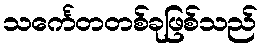
သင်္ကေတတစ်ခုဖြစ်သည်